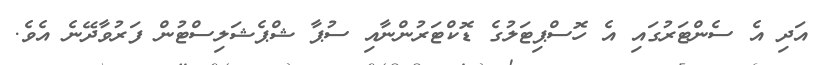
އަދި އެ ސެންޓަރުގައި އެ ހޮސްޕިޓަލުގެ ޑޮކްޓަރުންނާއި ސުޕާ ޝްޕެޝަލިސްޓުން ފަރުވާދޭނެ އެވެ.